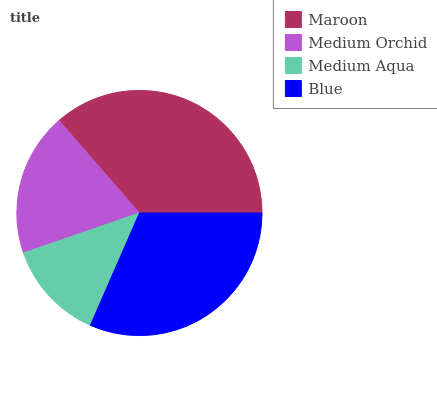
| Maroon | Medium Orchid | Medium Aqua | Blue |
 | --- | --- | --- | --- |
 | 36.4% | 18.9% | 13.2% | 31.5% |